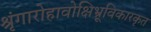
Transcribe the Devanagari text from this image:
श्रृंगारोहावोक्षिभ्रूविकारकृत